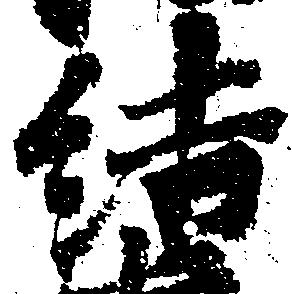
結